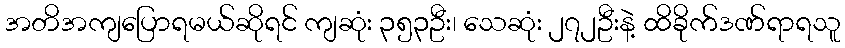
အတိအကျပြောရမယ်ဆိုရင် ကျဆုံး ၃၅၃ဦး၊ သေဆုံး ၂၇၂ဦးနဲ့ ထိခိုက်ဒဏ်ရာရသူ